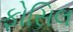
ફોસિલ